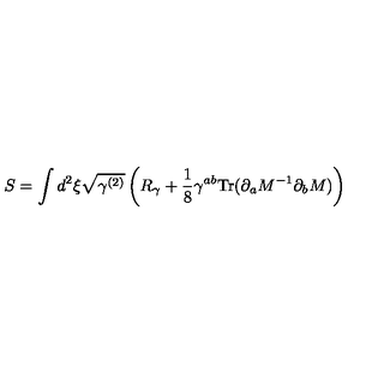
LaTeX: S = \int d ^ { 2 } \xi \sqrt { \gamma ^ { ( 2 ) } } \left( R _ { \gamma } + { \frac { 1 } { 8 } } \gamma ^ { a b } \mathrm { T r } ( \partial _ { a } M ^ { - 1 } \partial _ { b } M ) \right)